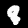
Digit: 8